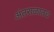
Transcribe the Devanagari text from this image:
अंतराळातच